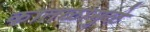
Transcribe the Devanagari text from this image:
कातळामुळे